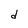
Character: d